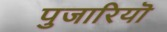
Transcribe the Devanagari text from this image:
पुजारियॊ